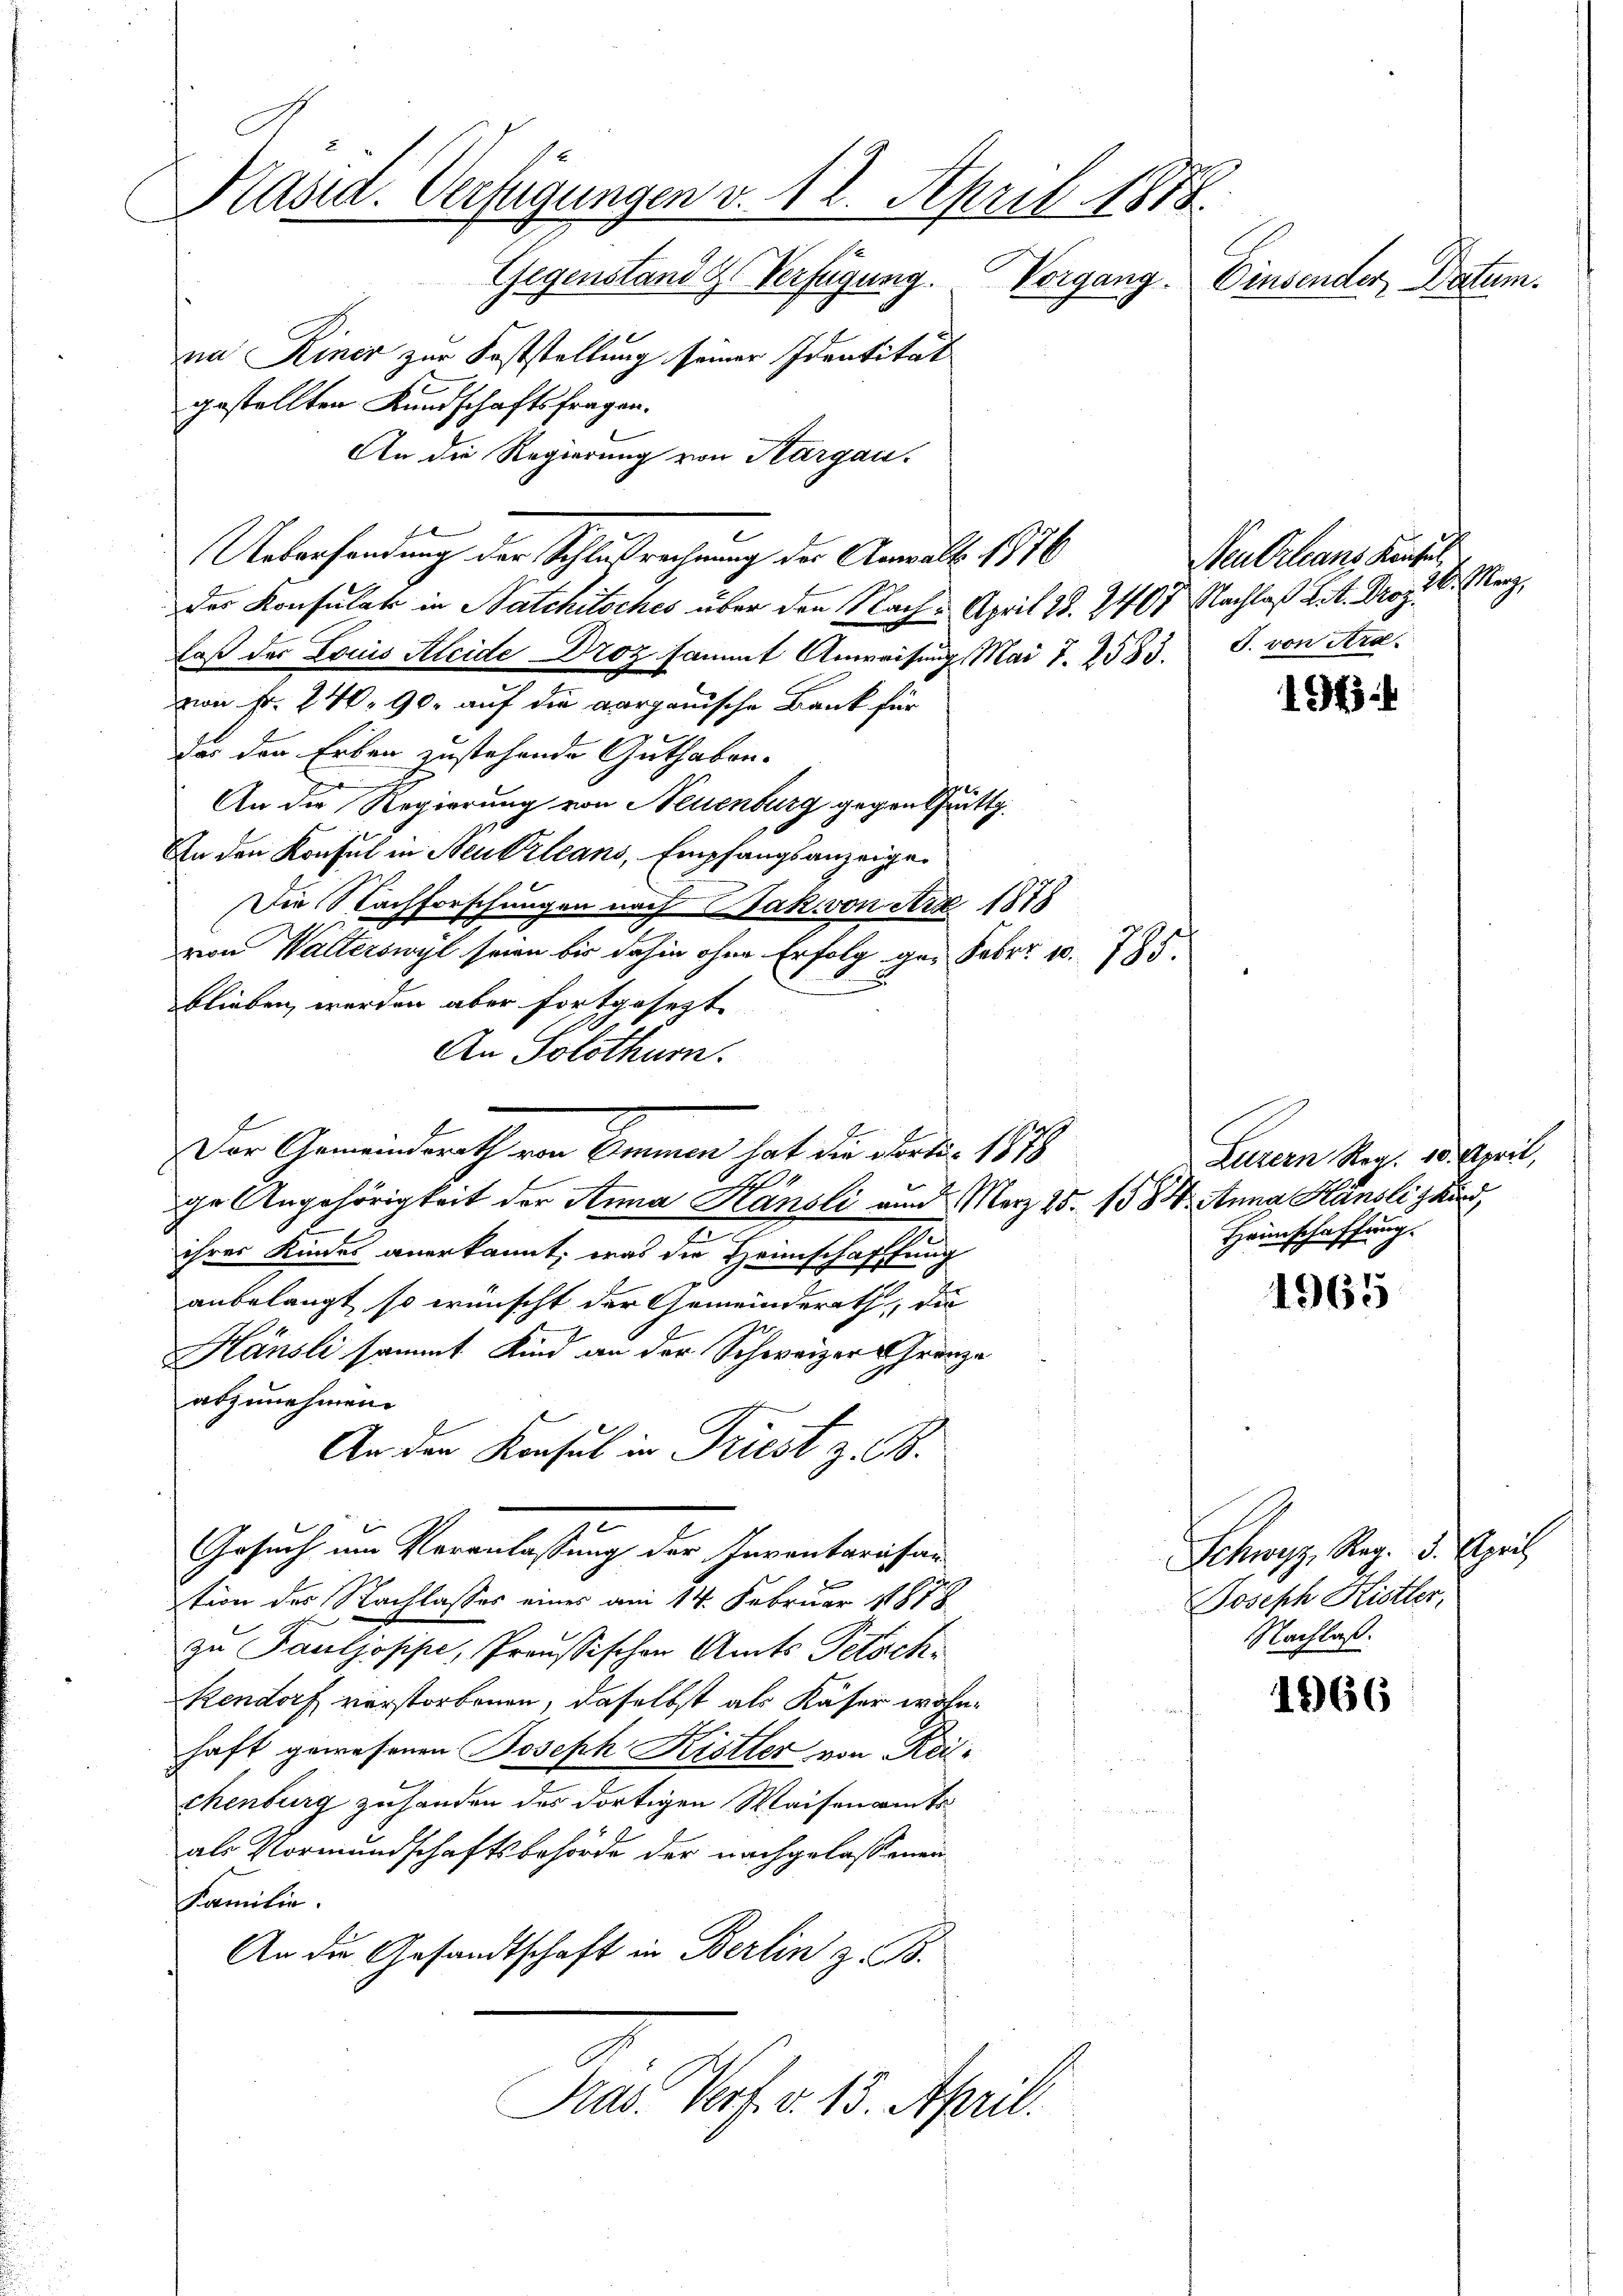
Präsid. Verfügungen v. 12. April 1878.
Gegenstand ds Verfügung.
Vorgang. Einsender Datum.
na Keiner zur Feststellung seiner Identität
gestellten Kundschaftsfragen.

An die Regierung von Aargau.
der Konsulat in Natchitsches über den Nach April 28. 2467 Nachlaß Lit. Droz.
laß der Louis Kleide Droz sammt Anweisung Mai 7. 2583.
zwei Fr. 240. 90. auf die aargauische Bank für
der den Erben zustehende Guthaben-
An die Regierung von Neuenburg gegen tritt.
An den Konsul in Neuvillans, Empfangsanzeigen
Die Nachforschungen nach Jak von Arx 1878
von Walterswyl seien bis dahin ohne Erfolg gar Febr. c. 785.
blieben werden aber fortgesezt.
An Solothurn.
Der Gemeinderath von Emmen hat der Martir 1878
2
ge Angehörigkeit der Anna Hansli und Merz 25. 1584. Anna Hänsli kind,
a
ihres Kindes anerkannt, was die Heimschaffung
anbelangt, so wünscht der Gemeinderath, die
Hänsli sammt Kind an der Schweizer Gränze
abzunehmen.
An den Konsul in Triest z. B.
Gesuch um Veranlassung der Inventarisar
tion des Nachlasses eines am 14. Februar 1878
zu Pauljosipe, Preussischen Amts Petsch
Kendorf verstorbenen, daselbst als Käser wohnhaft gewesenen Joseph Kistler von Reitchenburg zu handen des dortigen Waisenamts
als Vormundschaftsbehörde der nachgelassenen
Familie.
An die Gesandtschaft in Berlin z. B.
Pras. Verf. v. 15. April.

Uebersendung der Schlußrechnung des Anwalt 1876

194

1965

1966

Neu Orleans Kaiserl
1. Mar
J. von Stra

Luzern Reg. 15. April,
Heimschaffung.

Schwyz, Reg. 3. April
Joseph Kistler,
Nachlaß.